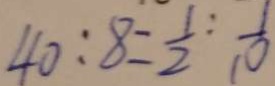
4 0 : 8 = \frac { 1 } { 2 } : \frac { 1 } { 1 0 }